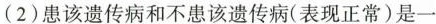
(2)患该遗传病和不患该遗传病(表现正常)是一